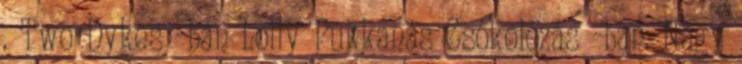
. Two Dykes -ban Lolly Pukkanás Csókolózás -ban. Nagy